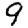
Digit: 9